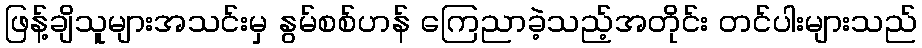
ဖြန့်ချိသူများအသင်းမှ နွမ်စစ်ဟန် ကြေညာခဲ့သည့်အတိုင်း တင်ပါးများသည်